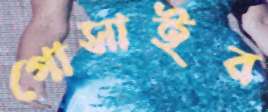
গোসাইর